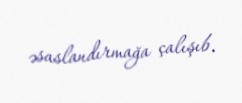
əsaslandırmağa çalışıb.